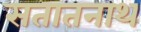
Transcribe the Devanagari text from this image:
सतातनाथ